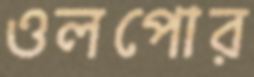
ওলপোর